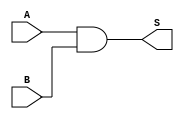
`timescale 1ns / 1ps
//////////////////////////////////////////////////////////////////////////////////
// Company: 
// Engineer: 
// 
// Design Name: 
// Module Name: 
// Project Name: 
// Target Devices: 
// Tool Versions: 
// Description: 
// 
// Dependencies: 
// 
// Revision:
// Revision 0.01 - File Created
// Additional Comments:
// 
//////////////////////////////////////////////////////////////////////////////////



module delayed_and (A, B, S);
input wire A;
input wire B;
output wire S;

//and a1(S,A,B);
// wire N;
// wire M;

// and(N,A,B);
// not(M,N);
// not(S,M);

assign M = (A && B);
assign N = !M;
assign S = !N;

endmodule